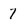
Character: 7